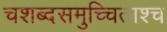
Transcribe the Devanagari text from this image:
चशब्दसमुच्चिताश्च